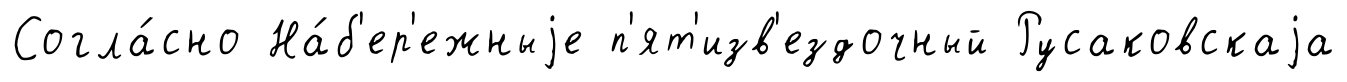
Согла́сно На́б'ер'ежныjе п'ят'изв'ездочный Русаковскаjа